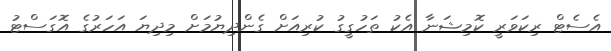
އެސެޓް ރިކަވަރީ ކޮމިޝަނާ އެކު ތަހުގީގު ކުރިއަށް ގެންދިޔުމަށް މިދިޔަ އަހަރުގެ އޮގަސްޓު